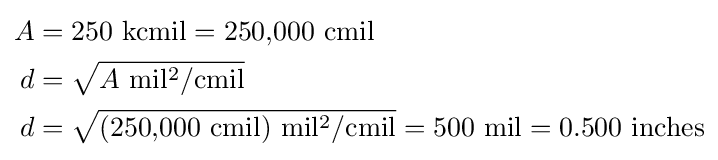
{\begin{aligned}A&={\rm {250~kcmil=250{,}000~{\text{cmil}}}}\\d&={\sqrt {A~\mathrm {mil^{2}/cmil} }}\\d&={\rm {{\sqrt {(250{,}000~cmil)~mil^{2}/cmil}}=500~mil=0.500~inches}}\end{aligned}}